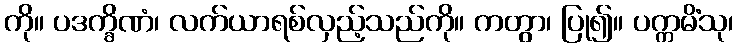
ကို။ ပဒက္ခိဏံ၊ လက်ယာရစ်လှည့်သည်ကို။ ကတွာ၊ ပြု၍။ ပက္ကမိံသု၊